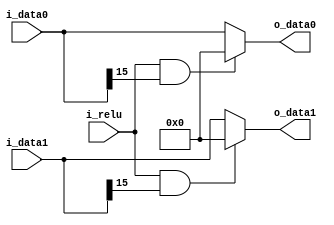
module drlp_relu
#(parameter DATA_WIDTH = 16)
(
	input [DATA_WIDTH-1:0] i_data0,
	input [DATA_WIDTH-1:0] i_data1,
	input i_relu,
	output wire [DATA_WIDTH-1:0] o_data0,
	output wire [DATA_WIDTH-1:0] o_data1
	);
	
	assign o_data0 = ((i_relu==1)&&(i_data0[15]==1))?0:i_data0;
	assign o_data1 = ((i_relu==1)&&(i_data1[15]==1))?0:i_data1;

endmodule